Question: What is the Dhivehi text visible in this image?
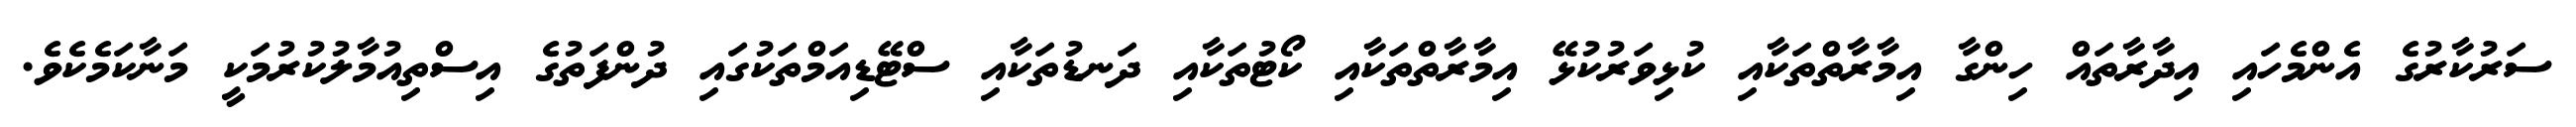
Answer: ސަރުކާރުގެ އެންމެހައި އިދާރާތައް ހިންގާ އިމާރާތްތަކާއި ކުޅިވަރުކުޅޭ އިމާރާތްތަކާއި ކޯޓުތަކާއި ދަނޑުތަކާއި ސްޓޭޑިއަމްތަކުގައި ދުންފަތުގެ އިސްތިއުމާލުކުރުމަކީ މަނާކަމެކެވެ.